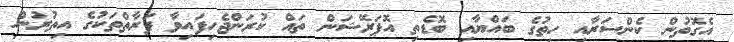
އެގޮތުން ކެންސަރާއި ހިތުގެ ބައްޔާއި ބޮޑެތި އޮޕަރޭޝަން ތައް ކުރަންޖެހިފައިވާ ފަރާތްތަކުގެ އިތުރުން